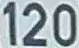
120